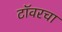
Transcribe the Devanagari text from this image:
टॉवरचा